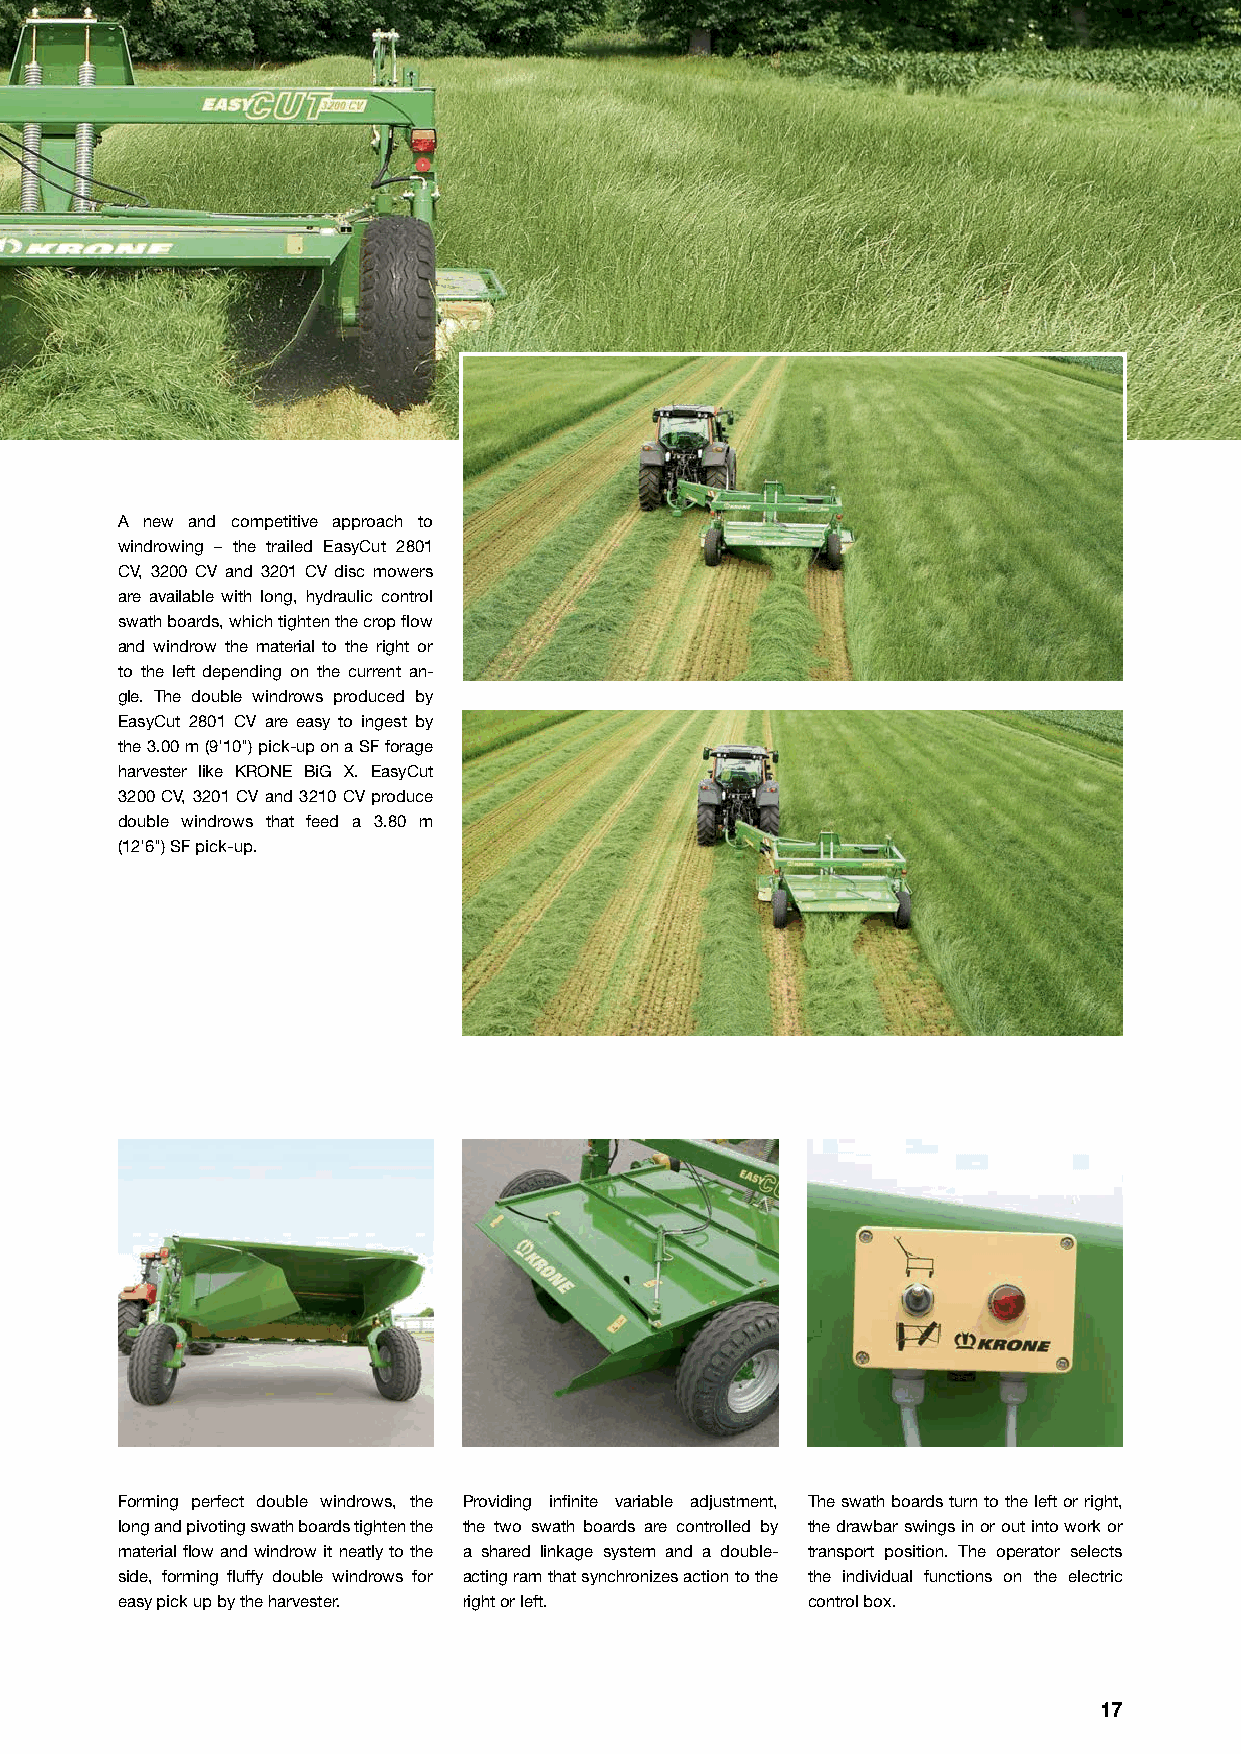
A new and competitive approach to
 windrowing – the trailed EasyCut 2801
 CV, 3200 CV and 3201 CV disc mowers
 are available with long, hydraulic control
 swath boards, which tighten the crop flow
 and windrow the material to the right or
 to the left d epending on the current an-
 gle. The double windrows produced by
 EasyCut 2801 CV are easy to ingest by
 the 3.00 m (9'10") pick-up on a SF forage
 harvester like KRONE BiG X. EasyCut
 3200 CV, 3201 CV and 3210 CV produce
 double windrows that feed a 3.80 m
 (12'6") SF pick-up.
 Forming perfect double windrows, the Providing infinite variable adjustment, The swath boards turn to the left or right,
 long and pivoting swath boards tighten the the two swath boards are controlled by the drawbar swings in or out into work or
 material flow and windrow it neatly to the a shared linkage system and a double- transport position. The operator selects
 side, forming fluffy double windrows for acting ram that synchronizes action to the the individual functions on the electric
 easy pick up by the harvester. right or left. control box.
 17